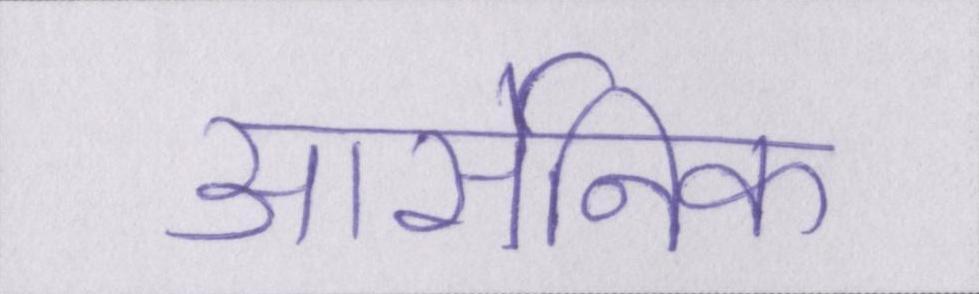
आर्सेनिक